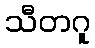
သီတဂူ